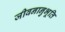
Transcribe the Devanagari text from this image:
जीवनानुभूति